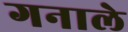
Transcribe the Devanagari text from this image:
गनाले